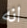
انه